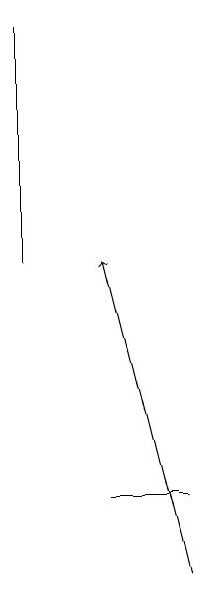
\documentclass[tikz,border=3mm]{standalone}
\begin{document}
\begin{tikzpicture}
\draw (8,12) rectangle (7,12);
\draw (6,15) rectangle (6,18);
\draw[->] (8,11) -- (7,15);
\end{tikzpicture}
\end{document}